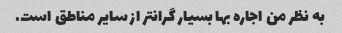
به نظر من اجاره بها بسیار گرانتر از سایر مناطق است.